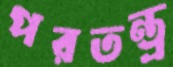
পরতন্ত্র